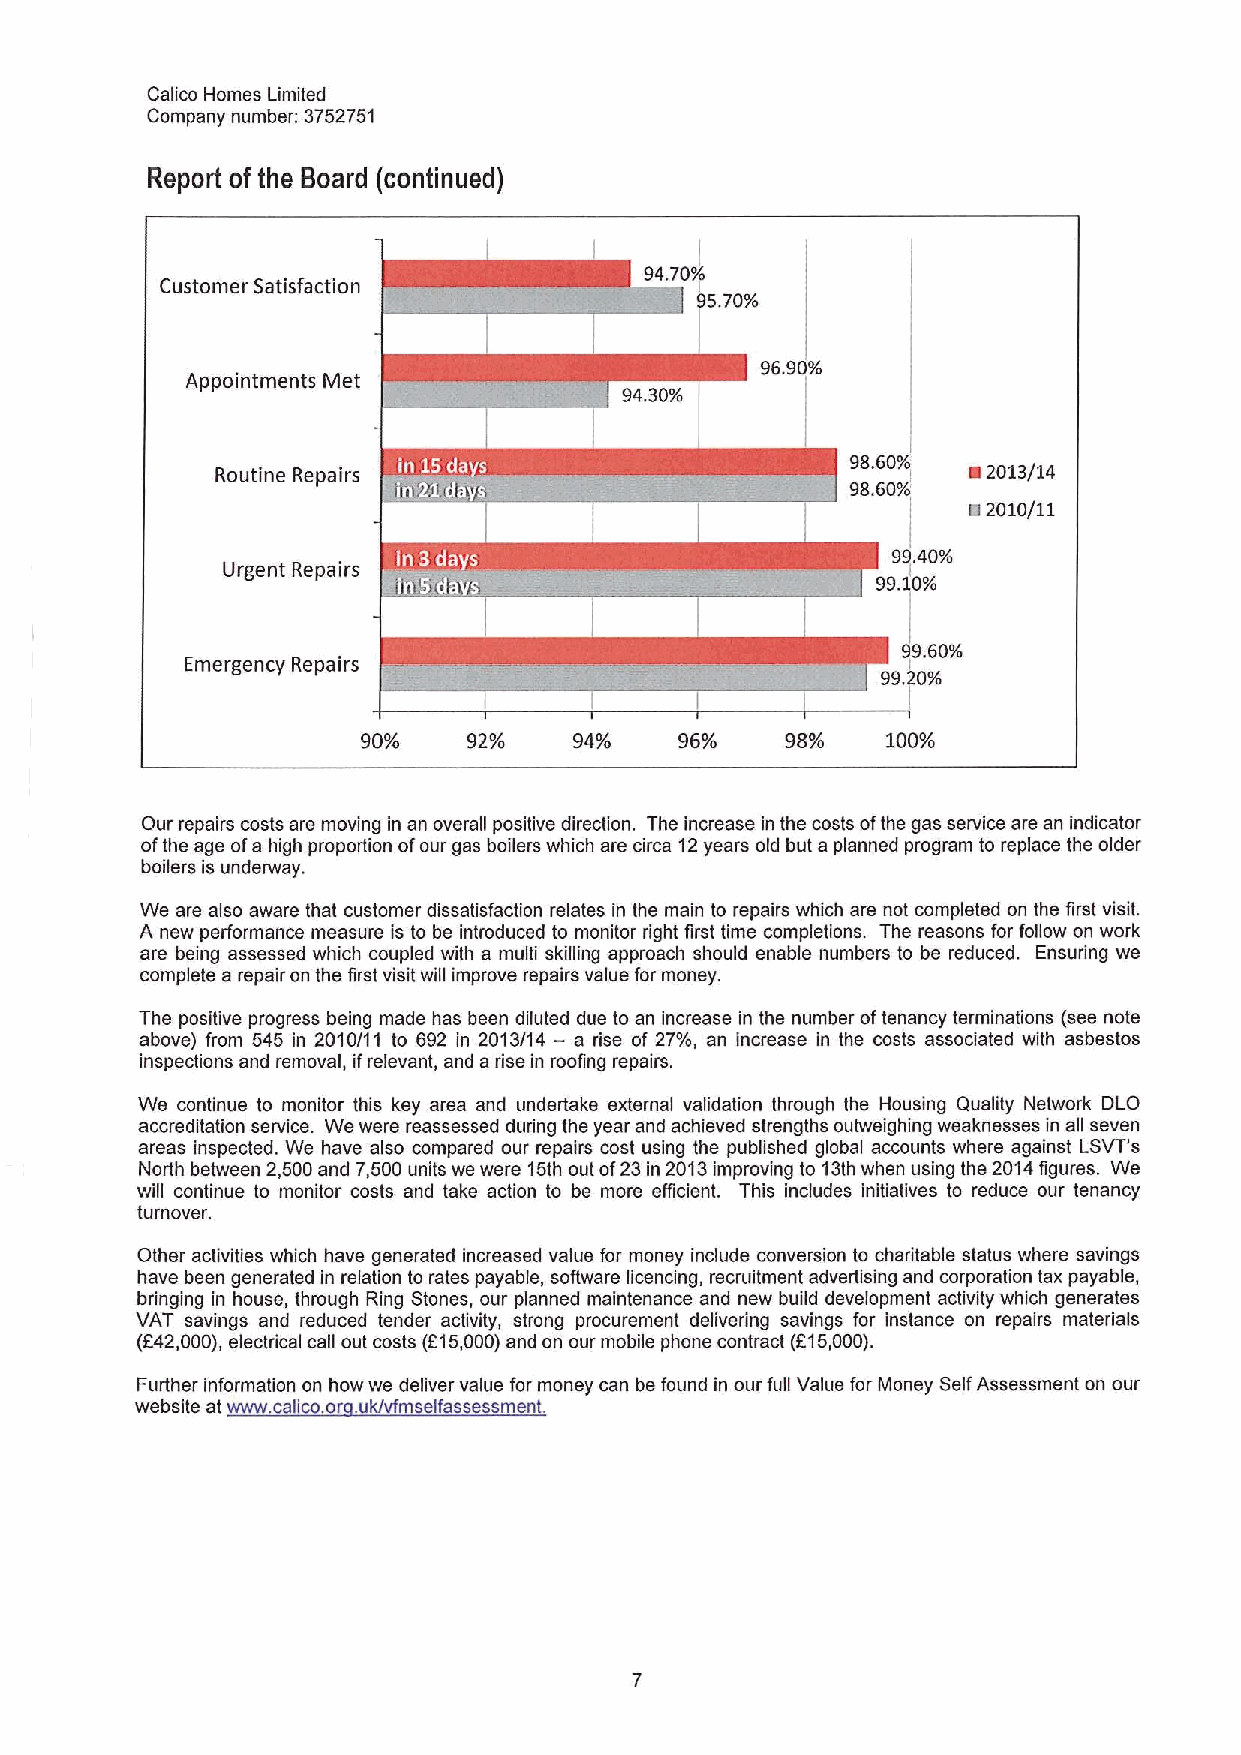
Calico Homes Limited
 Company number: 3752751
 Report ofthe Board (continued)
 94.70%
 Customer Satisfaction
 95.70%
 96.90%
 Appointments Met
 94.30%
 Routine Repairs
 98.60%
 ~2013/14
 9860%
 82010/11
 9940%
 Urgent Repairs
 99110%
 99.60%
 Emergency Repairs
 99.20%
 90%    92%    94%    96%    98%    100%
 Our repairs costs are moving in an overall positive direction. The increase in the costs ofthe gas service are an indicator
 ofthe age ofa high proportion ofour gas boilers which are circa 12years old but a planned program to replace the older
 boilers is underway.
 We are also aware that customer dissatisfaction relates in the main to repairs which are not completed on the first visit.
 A new performance measure is to be introduced to monitor right first time completions. The reasons for follow on work
 are being assessed which coupled with a multi skilling approach should enable numbers to be reduced. Ensuring we
 complete a repair on the first visit will improve repairs value for money.
 The positive progress being made has been diluted due to an increase in the number oftenancy terminations (see note
 above) from 545 in 2010/11 to 692 in 2013/14 —a rise of 27%, an increase in the costs associated with asbestos
 inspections and removal, ifrelevant, and arise in roofing repairs.
 We continue to monitor this key area and undertake external validation through the Housing Quality Network DLO
 accreditation service. We were reassessed during the year and achieved strengths ouhveighing weaknesses in all seven
 areas inspected. We have also compared our repairs cost using the published global accounts where against LSVT's
 North between 2,500and 7,500units we were 15th out of23in 2013improving to 13thwhen using the 2014figures. We
 will continue to monitor costs and take action to be more efficient. This includes initiatives to reduce our tenancy
 turnover.
 Other activities which have generated increased value for money include conversion to charitable status where savings
 have been generated in relation to rates payable, software licencing, recruitment advertising and corporation tax payable,
 bringing in house, through Ring Stones, our planned maintenance and new build development activity which generates
 VAT savings and reduced tender activity, strong procurement delivering savings for instance on repairs materials
 (f42,000),electrical call out costs (615,000)and on our mobile phone contract (815,000).
 Further information on how we deliver value for money can be found in our full Value for Money SelfAssessment on our
 website at www. calico.or .uk/vfmselfassessment.